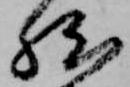
然